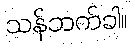
သန်ဘက်ခါ။